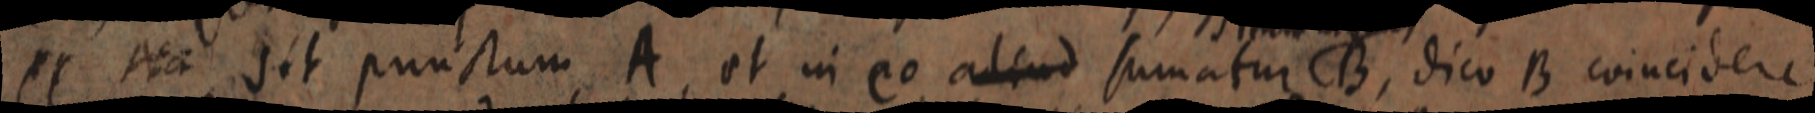
11 Na sit punctum A, et in eo aliud sumatur B, dico B coincidere